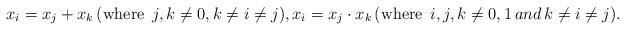
LaTeX: \begin{align*}x_{i}=x_{j}+x_{k}\,(\mbox{where }\,j,k\neq0,k\neq i\neq j),x_{i}=x_{j}\cdot x_{k}\,(\mbox{where }\,i,j,k\neq0,1\,and\,k\neq i\neq j).\end{align*}